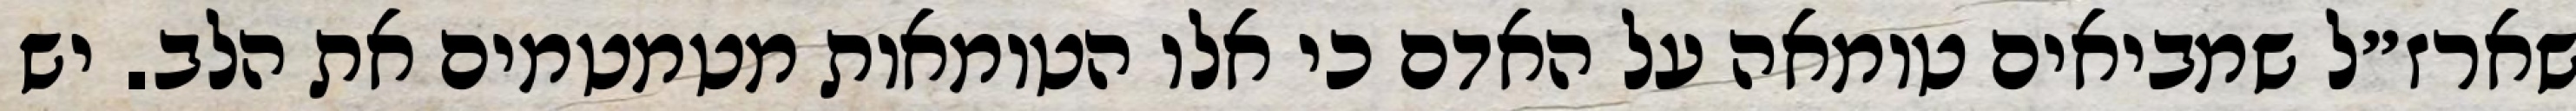
שארז״ל שמביאים טומאה על האדם כי אלו הטומאות מטמטמים את הלב. יש